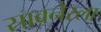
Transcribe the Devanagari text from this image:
सावनेरला